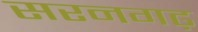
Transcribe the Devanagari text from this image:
सरनगढ़